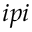
i p i